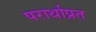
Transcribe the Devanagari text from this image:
परार्थाप्रत